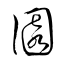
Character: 園